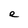
Character: e